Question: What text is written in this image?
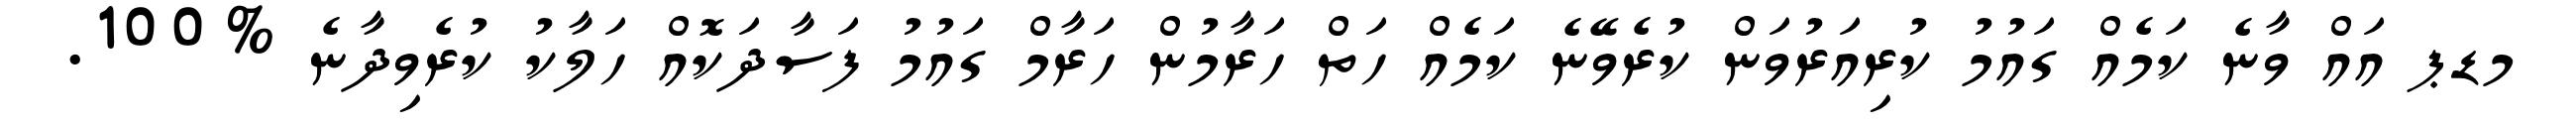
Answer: މޑޕ އައް ވާނެ ކަމެއް ގައުމު ކުރިއަރުވަން ކުރެވޭނެ ކަމެއް ހަތް ހަރާމުން ހަރާމް ގައުމު ފަސާދަކޮއް ހަލާކު ކުރެވިދާނެ %100.